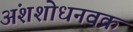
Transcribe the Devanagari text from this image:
अंशशोधनवक्र